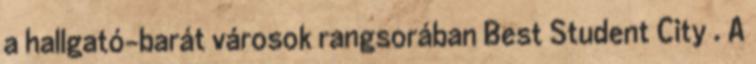
a hallgató-barát városok rangsorában Best Student City . A